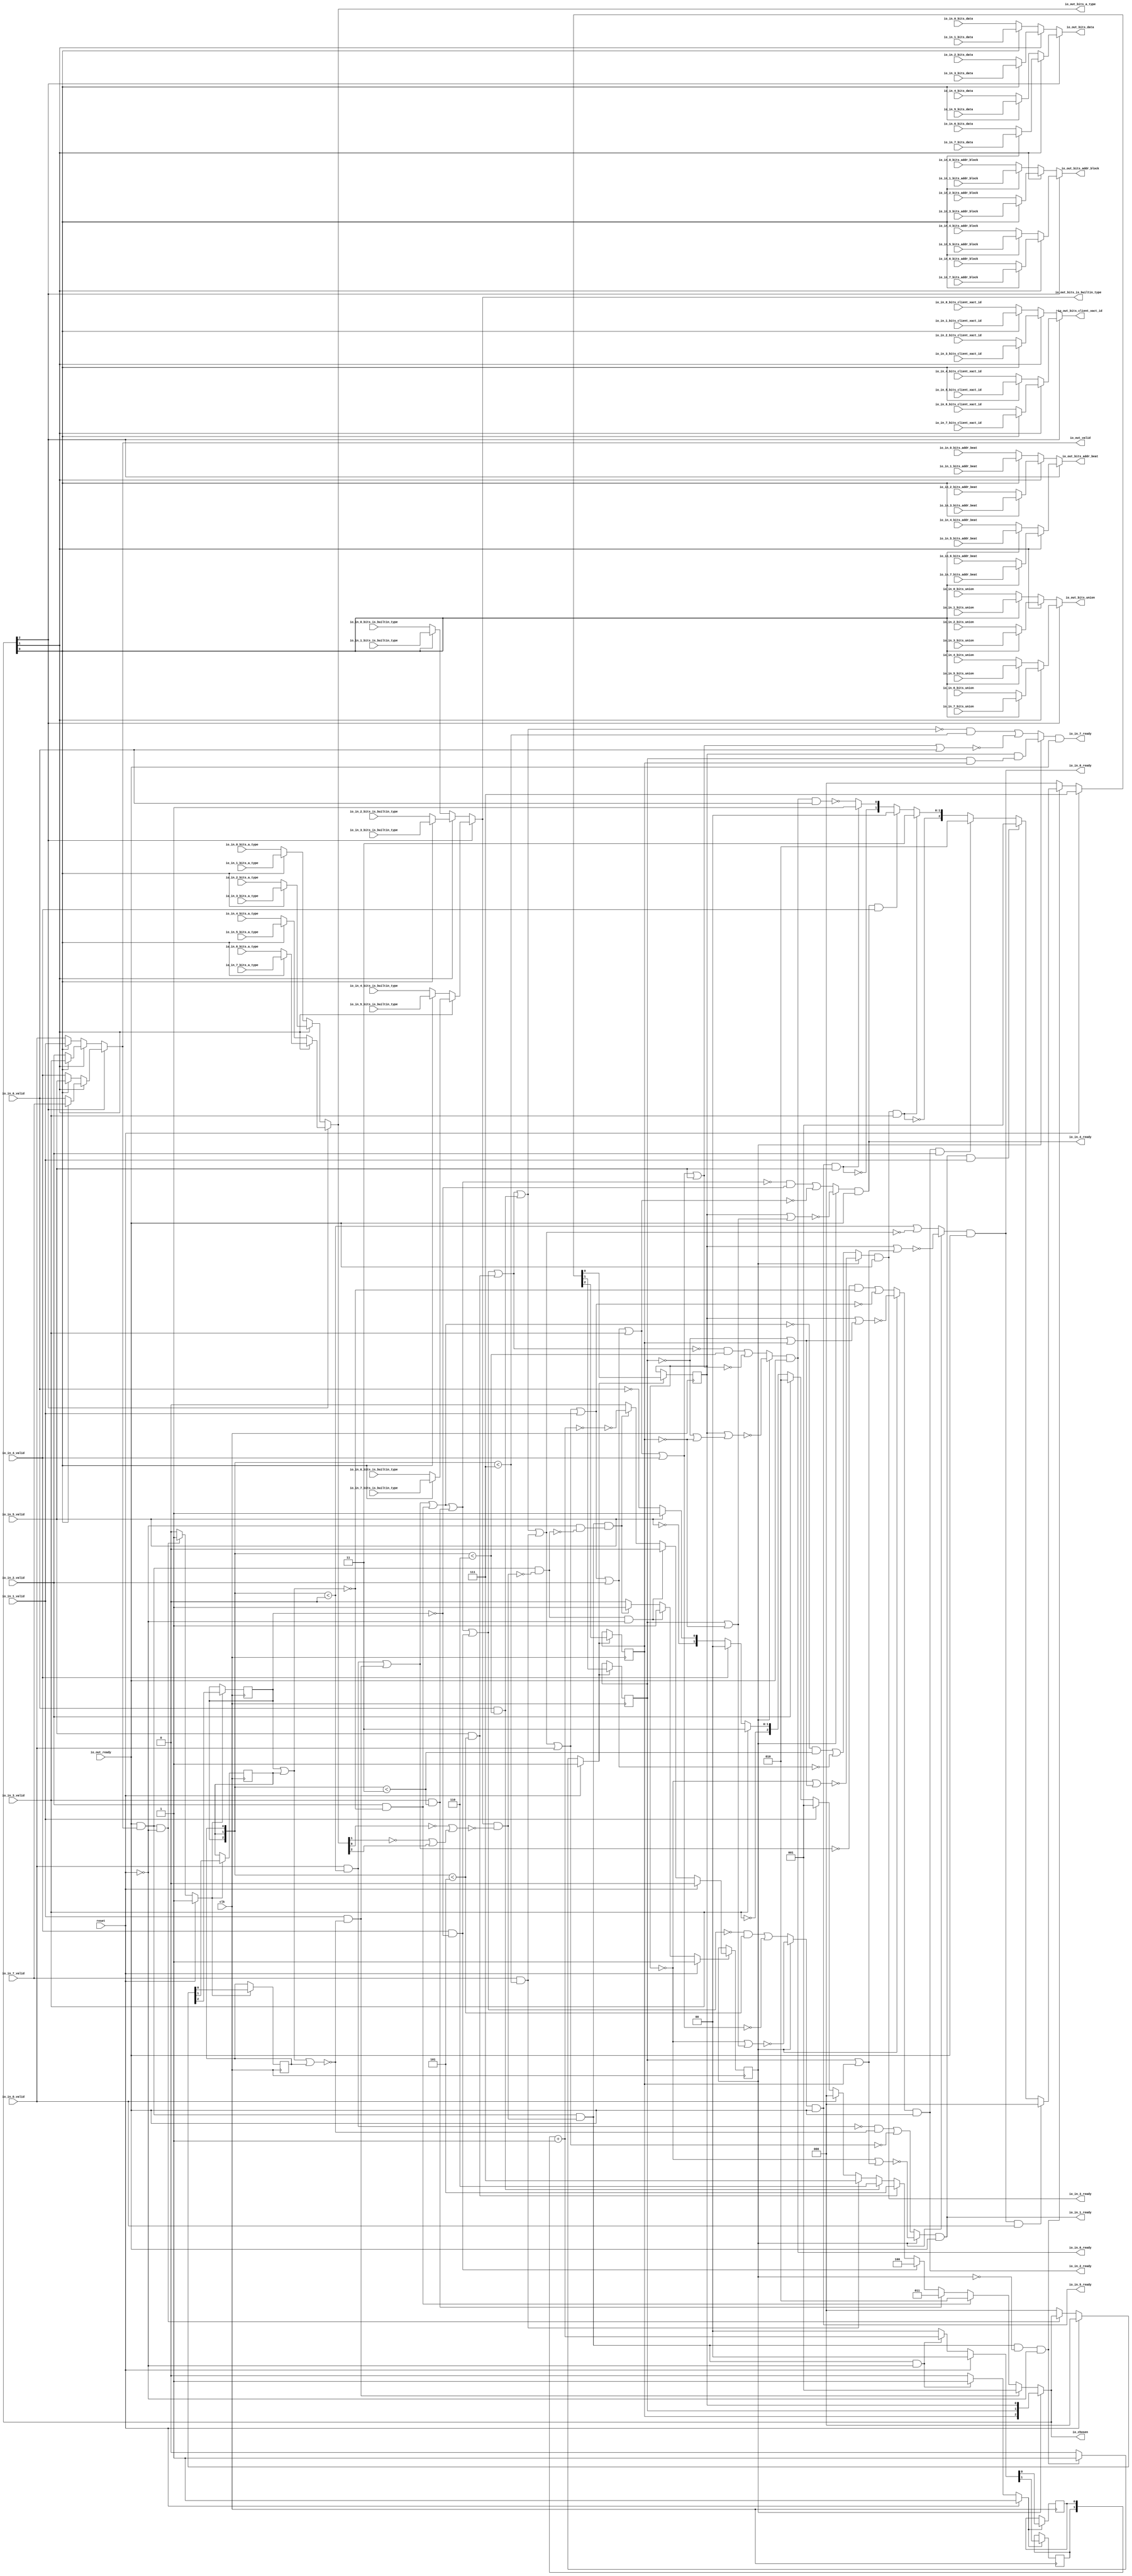
module LockingRRArbiter_10
(
  clk,
  reset,
  io_in_7_ready,
  io_in_7_valid,
  io_in_7_bits_addr_block,
  io_in_7_bits_client_xact_id,
  io_in_7_bits_addr_beat,
  io_in_7_bits_is_builtin_type,
  io_in_7_bits_a_type,
  io_in_7_bits_union,
  io_in_7_bits_data,
  io_in_6_ready,
  io_in_6_valid,
  io_in_6_bits_addr_block,
  io_in_6_bits_client_xact_id,
  io_in_6_bits_addr_beat,
  io_in_6_bits_is_builtin_type,
  io_in_6_bits_a_type,
  io_in_6_bits_union,
  io_in_6_bits_data,
  io_in_5_ready,
  io_in_5_valid,
  io_in_5_bits_addr_block,
  io_in_5_bits_client_xact_id,
  io_in_5_bits_addr_beat,
  io_in_5_bits_is_builtin_type,
  io_in_5_bits_a_type,
  io_in_5_bits_union,
  io_in_5_bits_data,
  io_in_4_ready,
  io_in_4_valid,
  io_in_4_bits_addr_block,
  io_in_4_bits_client_xact_id,
  io_in_4_bits_addr_beat,
  io_in_4_bits_is_builtin_type,
  io_in_4_bits_a_type,
  io_in_4_bits_union,
  io_in_4_bits_data,
  io_in_3_ready,
  io_in_3_valid,
  io_in_3_bits_addr_block,
  io_in_3_bits_client_xact_id,
  io_in_3_bits_addr_beat,
  io_in_3_bits_is_builtin_type,
  io_in_3_bits_a_type,
  io_in_3_bits_union,
  io_in_3_bits_data,
  io_in_2_ready,
  io_in_2_valid,
  io_in_2_bits_addr_block,
  io_in_2_bits_client_xact_id,
  io_in_2_bits_addr_beat,
  io_in_2_bits_is_builtin_type,
  io_in_2_bits_a_type,
  io_in_2_bits_union,
  io_in_2_bits_data,
  io_in_1_ready,
  io_in_1_valid,
  io_in_1_bits_addr_block,
  io_in_1_bits_client_xact_id,
  io_in_1_bits_addr_beat,
  io_in_1_bits_is_builtin_type,
  io_in_1_bits_a_type,
  io_in_1_bits_union,
  io_in_1_bits_data,
  io_in_0_ready,
  io_in_0_valid,
  io_in_0_bits_addr_block,
  io_in_0_bits_client_xact_id,
  io_in_0_bits_addr_beat,
  io_in_0_bits_is_builtin_type,
  io_in_0_bits_a_type,
  io_in_0_bits_union,
  io_in_0_bits_data,
  io_out_ready,
  io_out_valid,
  io_out_bits_addr_block,
  io_out_bits_client_xact_id,
  io_out_bits_addr_beat,
  io_out_bits_is_builtin_type,
  io_out_bits_a_type,
  io_out_bits_union,
  io_out_bits_data,
  io_chosen
);

  input [25:0] io_in_7_bits_addr_block;
  input [3:0] io_in_7_bits_client_xact_id;
  input [1:0] io_in_7_bits_addr_beat;
  input [2:0] io_in_7_bits_a_type;
  input [16:0] io_in_7_bits_union;
  input [3:0] io_in_7_bits_data;
  input [25:0] io_in_6_bits_addr_block;
  input [3:0] io_in_6_bits_client_xact_id;
  input [1:0] io_in_6_bits_addr_beat;
  input [2:0] io_in_6_bits_a_type;
  input [16:0] io_in_6_bits_union;
  input [3:0] io_in_6_bits_data;
  input [25:0] io_in_5_bits_addr_block;
  input [3:0] io_in_5_bits_client_xact_id;
  input [1:0] io_in_5_bits_addr_beat;
  input [2:0] io_in_5_bits_a_type;
  input [16:0] io_in_5_bits_union;
  input [3:0] io_in_5_bits_data;
  input [25:0] io_in_4_bits_addr_block;
  input [3:0] io_in_4_bits_client_xact_id;
  input [1:0] io_in_4_bits_addr_beat;
  input [2:0] io_in_4_bits_a_type;
  input [16:0] io_in_4_bits_union;
  input [3:0] io_in_4_bits_data;
  input [25:0] io_in_3_bits_addr_block;
  input [3:0] io_in_3_bits_client_xact_id;
  input [1:0] io_in_3_bits_addr_beat;
  input [2:0] io_in_3_bits_a_type;
  input [16:0] io_in_3_bits_union;
  input [3:0] io_in_3_bits_data;
  input [25:0] io_in_2_bits_addr_block;
  input [3:0] io_in_2_bits_client_xact_id;
  input [1:0] io_in_2_bits_addr_beat;
  input [2:0] io_in_2_bits_a_type;
  input [16:0] io_in_2_bits_union;
  input [3:0] io_in_2_bits_data;
  input [25:0] io_in_1_bits_addr_block;
  input [3:0] io_in_1_bits_client_xact_id;
  input [1:0] io_in_1_bits_addr_beat;
  input [2:0] io_in_1_bits_a_type;
  input [16:0] io_in_1_bits_union;
  input [3:0] io_in_1_bits_data;
  input [25:0] io_in_0_bits_addr_block;
  input [3:0] io_in_0_bits_client_xact_id;
  input [1:0] io_in_0_bits_addr_beat;
  input [2:0] io_in_0_bits_a_type;
  input [16:0] io_in_0_bits_union;
  input [3:0] io_in_0_bits_data;
  output [25:0] io_out_bits_addr_block;
  output [3:0] io_out_bits_client_xact_id;
  output [1:0] io_out_bits_addr_beat;
  output [2:0] io_out_bits_a_type;
  output [16:0] io_out_bits_union;
  output [3:0] io_out_bits_data;
  output [2:0] io_chosen;
  input clk;
  input reset;
  input io_in_7_valid;
  input io_in_7_bits_is_builtin_type;
  input io_in_6_valid;
  input io_in_6_bits_is_builtin_type;
  input io_in_5_valid;
  input io_in_5_bits_is_builtin_type;
  input io_in_4_valid;
  input io_in_4_bits_is_builtin_type;
  input io_in_3_valid;
  input io_in_3_bits_is_builtin_type;
  input io_in_2_valid;
  input io_in_2_bits_is_builtin_type;
  input io_in_1_valid;
  input io_in_1_bits_is_builtin_type;
  input io_in_0_valid;
  input io_in_0_bits_is_builtin_type;
  input io_out_ready;
  output io_in_7_ready;
  output io_in_6_ready;
  output io_in_5_ready;
  output io_in_4_ready;
  output io_in_3_ready;
  output io_in_2_ready;
  output io_in_1_ready;
  output io_in_0_ready;
  output io_out_valid;
  output io_out_bits_is_builtin_type;
  wire [25:0] io_out_bits_addr_block,T152,T146,T149,T147,T155,T153;
  wire [3:0] io_out_bits_client_xact_id,io_out_bits_data,T68,T61,T65,T62,T71,T69,T138,T132,
  T135,T133,T141,T139;
  wire [1:0] io_out_bits_addr_beat,T11,T12,T35,T36,T55,T124,T118,T121,T119,T127,T125;
  wire [2:0] io_out_bits_a_type,io_chosen,choose,T1,T2,T3,T4,T5,T6,T7,T8,T9,T10,T31,T32,T33,
  T34,T96,T90,T93,T91,T99,T97;
  wire [16:0] io_out_bits_union,T82,T76,T79,T77,T85,T83;
  wire io_in_7_ready,io_in_6_ready,io_in_5_ready,io_in_4_ready,io_in_3_ready,
  io_in_2_ready,io_in_1_ready,io_in_0_ready,io_out_valid,io_out_bits_is_builtin_type,N0,N1,
  N2,N3,N4,N5,N6,N7,N8,N9,N10,N11,N12,N13,N14,N15,N16,N17,N18,N19,N20,N21,N22,N23,
  N24,N25,N26,N27,N28,N29,N30,N31,N32,N33,N34,N35,N36,N37,N38,N39,N40,N41,N42,N43,
  N44,N45,N46,N47,T28,N48,T26,N49,T24,N50,T22,N51,T20,N52,T18,N53,T14,N54,N55,N56,
  N57,N58,N59,N60,N61,T15,T17,T19,T21,T23,T25,T27,T29,T45,T44,N62,T43,N63,T42,N64,
  T41,N65,T40,N66,T39,N67,T38,N68,T47,T46,T50,T48,T58,T53,T54,T59,N69,N70,N71,T110,
  T104,T107,T105,T113,T111,T166,T160,T163,T161,T169,T167,T174,T175,T200,T176,T177,
  T180,T178,T179,T183,T181,T182,T186,T184,T185,T189,T187,T188,T192,T190,T191,T195,
  T193,T194,T198,T196,T197,T199,T203,T204,T214,T205,T206,T207,T208,T209,T210,T211,
  T212,T213,T216,T215,T219,T220,T231,T221,T222,T223,T224,T225,T226,T227,T228,T229,
  T230,T233,T232,T234,T237,T238,T250,T239,T240,T241,T242,T243,T244,T245,T246,T247,
  T248,T249,T252,T251,T253,T254,T257,T258,T271,T259,T260,T261,T262,T263,T264,T265,
  T266,T267,T268,T269,T270,T273,T272,T274,T275,T276,T279,T280,T294,T281,T282,T283,
  T284,T285,T286,T287,T288,T289,T290,T291,T292,T293,T296,T295,T297,T298,T299,T300,
  T303,T304,T319,T305,T306,T307,T308,T309,T310,T311,T312,T313,T314,T315,T316,T317,
  T318,T321,T320,T322,T323,T324,T325,T326,T329,T330,T346,T331,T332,T333,T334,T335,
  T336,T337,T338,T339,T340,T341,T342,T343,T344,T345,T348,T347,T349,T350,T351,T352,
  T353,T354,N72,N73,N74,N75,N76,N77,N78,N79,N80,N81,N82,N83,N84,N85,N86,N87,N88,
  N89,N90,N91,N92,N93,N94,N95,N96,N97,N98,N99,N100,N101,N102,N103,N104,N105,N106,
  N107,N108,N109,N110,N111,N112,N113,N114,N115,N116,N117,N118,N119,N120,N121,N122,
  N123,N124,N125,N126,N127,N128,N129,N130,N131,N132,N133,N134,N135,N136,N137,N138,
  N139,N140,N141;
  wire [0:0] T13,T37;
  reg [2:0] last_grant,lockIdx;
  reg locked;
  reg [1:0] R56;
  assign T15 = last_grant < { 1'b1, 1'b1, 1'b1 };
  assign T19 = last_grant < { 1'b1, 1'b1, 1'b0 };
  assign T21 = last_grant < { 1'b1, 1'b0, 1'b1 };
  assign T25 = last_grant < { 1'b1, 1'b1 };
  assign T54 = T55 == 1'b0;
  assign T179 = last_grant < { 1'b1, 1'b1, 1'b1 };
  assign T182 = last_grant < { 1'b1, 1'b1, 1'b0 };
  assign T185 = last_grant < { 1'b1, 1'b0, 1'b1 };
  assign T191 = last_grant < { 1'b1, 1'b1 };
  assign T199 = last_grant < 1'b0;
  assign T200 = last_grant < 1'b0;
  assign T251 = last_grant < { 1'b1, 1'b1 };
  assign T295 = last_grant < { 1'b1, 1'b0, 1'b1 };
  assign T320 = last_grant < { 1'b1, 1'b1, 1'b0 };
  assign T347 = last_grant < { 1'b1, 1'b1, 1'b1 };

  always @(posedge clk) begin
    if(N74) begin
      last_grant[2] <= N77;
    end 
  end


  always @(posedge clk) begin
    if(N74) begin
      last_grant[1] <= N76;
    end 
  end


  always @(posedge clk) begin
    if(N74) begin
      last_grant[0] <= N75;
    end 
  end


  always @(posedge clk) begin
    if(N80) begin
      lockIdx[2] <= N83;
    end 
  end


  always @(posedge clk) begin
    if(N80) begin
      lockIdx[1] <= N82;
    end 
  end


  always @(posedge clk) begin
    if(N80) begin
      lockIdx[0] <= N81;
    end 
  end


  always @(posedge clk) begin
    if(N87) begin
      locked <= N88;
    end 
  end


  always @(posedge clk) begin
    if(N91) begin
      R56[1] <= N93;
    end 
  end


  always @(posedge clk) begin
    if(N91) begin
      R56[0] <= N92;
    end 
  end

  assign N102 = lockIdx[1] & lockIdx[2];
  assign N103 = lockIdx[0] & N102;
  assign N104 = lockIdx[1] | lockIdx[2];
  assign N105 = lockIdx[0] | N104;
  assign N106 = ~N105;
  assign N107 = ~lockIdx[0];
  assign N108 = lockIdx[1] | lockIdx[2];
  assign N109 = N107 | N108;
  assign N110 = ~N109;
  assign N111 = ~io_out_bits_a_type[1];
  assign N112 = ~io_out_bits_a_type[0];
  assign N113 = N111 | io_out_bits_a_type[2];
  assign N114 = N112 | N113;
  assign N115 = ~N114;
  assign N116 = ~lockIdx[1];
  assign N117 = N116 | lockIdx[2];
  assign N118 = lockIdx[0] | N117;
  assign N119 = ~N118;
  assign N120 = N116 | lockIdx[2];
  assign N121 = N107 | N120;
  assign N122 = ~N121;
  assign N123 = ~lockIdx[2];
  assign N124 = lockIdx[1] | N123;
  assign N125 = lockIdx[0] | N124;
  assign N126 = ~N125;
  assign N127 = lockIdx[1] | N123;
  assign N128 = N107 | N127;
  assign N129 = ~N128;
  assign N130 = N116 | N123;
  assign N131 = lockIdx[0] | N130;
  assign N132 = ~N131;
  assign T55 = R56 + 1'b1;
  assign io_chosen = (N0)? lockIdx : 
                     (N1)? choose : 1'b0;
  assign N0 = locked;
  assign N1 = N47;
  assign choose = (N2)? { 1'b0, 1'b0, 1'b1 } : 
                  (N3)? T1 : 1'b0;
  assign N2 = T28;
  assign N3 = N48;
  assign T1 = (N4)? { 1'b0, 1'b1, 1'b0 } : 
              (N5)? T2 : 1'b0;
  assign N4 = T26;
  assign N5 = N49;
  assign T2 = (N6)? { 1'b0, 1'b1, 1'b1 } : 
              (N7)? T3 : 1'b0;
  assign N6 = T24;
  assign N7 = N50;
  assign T3 = (N8)? { 1'b1, 1'b0, 1'b0 } : 
              (N9)? T4 : 1'b0;
  assign N8 = T22;
  assign N9 = N51;
  assign T4 = (N10)? { 1'b1, 1'b0, 1'b1 } : 
              (N11)? T5 : 1'b0;
  assign N10 = T20;
  assign N11 = N52;
  assign T5 = (N12)? { 1'b1, 1'b1, 1'b0 } : 
              (N13)? T6 : 1'b0;
  assign N12 = T18;
  assign N13 = N53;
  assign T6 = (N14)? { 1'b1, 1'b1, 1'b1 } : 
              (N15)? T7 : 1'b0;
  assign N14 = T14;
  assign N15 = N54;
  assign T7 = (N16)? { 1'b0, 1'b0, 1'b0 } : 
              (N17)? T8 : 1'b0;
  assign N16 = io_in_0_valid;
  assign N17 = N55;
  assign T8 = (N18)? { 1'b0, 1'b0, 1'b1 } : 
              (N19)? T9 : 1'b0;
  assign N18 = io_in_1_valid;
  assign N19 = N56;
  assign T9 = (N20)? { 1'b0, 1'b1, 1'b0 } : 
              (N21)? T10 : 1'b0;
  assign N20 = io_in_2_valid;
  assign N21 = N57;
  assign T10[1:0] = (N22)? { 1'b1, 1'b1 } : 
                    (N23)? T11 : 1'b0;
  assign N22 = io_in_3_valid;
  assign N23 = T10[2];
  assign T11 = (N24)? { 1'b0, 1'b0 } : 
               (N25)? T12 : 1'b0;
  assign N24 = io_in_4_valid;
  assign N25 = N59;
  assign T12[0] = (N26)? 1'b1 : 
                  (N27)? T13[0] : 1'b0;
  assign N26 = io_in_5_valid;
  assign N27 = T12[1];
  assign T31 = (N28)? { 1'b0, 1'b0, 1'b0 } : 
               (N29)? T32 : 1'b0;
  assign N28 = T44;
  assign N29 = N62;
  assign T32 = (N30)? { 1'b0, 1'b0, 1'b1 } : 
               (N31)? T33 : 1'b0;
  assign N30 = T43;
  assign N31 = N63;
  assign T33 = (N32)? { 1'b0, 1'b1, 1'b0 } : 
               (N33)? T34 : 1'b0;
  assign N32 = T42;
  assign N33 = N64;
  assign T34[1:0] = (N34)? { 1'b1, 1'b1 } : 
                    (N35)? T35 : 1'b0;
  assign N34 = T41;
  assign N35 = T34[2];
  assign T35 = (N36)? { 1'b0, 1'b0 } : 
               (N37)? T36 : 1'b0;
  assign N36 = T40;
  assign N37 = N66;
  assign T36[0] = (N38)? 1'b1 : 
                  (N39)? T37[0] : 1'b0;
  assign N38 = T39;
  assign N39 = T36[1];
  assign io_out_bits_data = (N40)? T68 : 
                            (N41)? T61 : 1'b0;
  assign N40 = io_chosen[2];
  assign N41 = N69;
  assign T61 = (N42)? T65 : 
               (N43)? T62 : 1'b0;
  assign N42 = io_chosen[1];
  assign N43 = N70;
  assign T62 = (N44)? io_in_1_bits_data : 
               (N45)? io_in_0_bits_data : 1'b0;
  assign N44 = io_chosen[0];
  assign N45 = N71;
  assign T65 = (N44)? io_in_3_bits_data : 
               (N45)? io_in_2_bits_data : 1'b0;
  assign T68 = (N42)? T71 : 
               (N43)? T69 : 1'b0;
  assign T69 = (N44)? io_in_5_bits_data : 
               (N45)? io_in_4_bits_data : 1'b0;
  assign T71 = (N44)? io_in_7_bits_data : 
               (N45)? io_in_6_bits_data : 1'b0;
  assign io_out_bits_union = (N40)? T82 : 
                             (N41)? T76 : 1'b0;
  assign T76 = (N42)? T79 : 
               (N43)? T77 : 1'b0;
  assign T77 = (N44)? io_in_1_bits_union : 
               (N45)? io_in_0_bits_union : 1'b0;
  assign T79 = (N44)? io_in_3_bits_union : 
               (N45)? io_in_2_bits_union : 1'b0;
  assign T82 = (N42)? T85 : 
               (N43)? T83 : 1'b0;
  assign T83 = (N44)? io_in_5_bits_union : 
               (N45)? io_in_4_bits_union : 1'b0;
  assign T85 = (N44)? io_in_7_bits_union : 
               (N45)? io_in_6_bits_union : 1'b0;
  assign io_out_bits_a_type = (N40)? T96 : 
                              (N41)? T90 : 1'b0;
  assign T90 = (N42)? T93 : 
               (N43)? T91 : 1'b0;
  assign T91 = (N44)? io_in_1_bits_a_type : 
               (N45)? io_in_0_bits_a_type : 1'b0;
  assign T93 = (N44)? io_in_3_bits_a_type : 
               (N45)? io_in_2_bits_a_type : 1'b0;
  assign T96 = (N42)? T99 : 
               (N43)? T97 : 1'b0;
  assign T97 = (N44)? io_in_5_bits_a_type : 
               (N45)? io_in_4_bits_a_type : 1'b0;
  assign T99 = (N44)? io_in_7_bits_a_type : 
               (N45)? io_in_6_bits_a_type : 1'b0;
  assign io_out_bits_is_builtin_type = (N40)? T110 : 
                                       (N41)? T104 : 1'b0;
  assign T104 = (N42)? T107 : 
                (N43)? T105 : 1'b0;
  assign T105 = (N44)? io_in_1_bits_is_builtin_type : 
                (N45)? io_in_0_bits_is_builtin_type : 1'b0;
  assign T107 = (N44)? io_in_3_bits_is_builtin_type : 
                (N45)? io_in_2_bits_is_builtin_type : 1'b0;
  assign T110 = (N42)? T113 : 
                (N43)? T111 : 1'b0;
  assign T111 = (N44)? io_in_5_bits_is_builtin_type : 
                (N45)? io_in_4_bits_is_builtin_type : 1'b0;
  assign T113 = (N44)? io_in_7_bits_is_builtin_type : 
                (N45)? io_in_6_bits_is_builtin_type : 1'b0;
  assign io_out_bits_addr_beat = (N40)? T124 : 
                                 (N41)? T118 : 1'b0;
  assign T118 = (N42)? T121 : 
                (N43)? T119 : 1'b0;
  assign T119 = (N44)? io_in_1_bits_addr_beat : 
                (N45)? io_in_0_bits_addr_beat : 1'b0;
  assign T121 = (N44)? io_in_3_bits_addr_beat : 
                (N45)? io_in_2_bits_addr_beat : 1'b0;
  assign T124 = (N42)? T127 : 
                (N43)? T125 : 1'b0;
  assign T125 = (N44)? io_in_5_bits_addr_beat : 
                (N45)? io_in_4_bits_addr_beat : 1'b0;
  assign T127 = (N44)? io_in_7_bits_addr_beat : 
                (N45)? io_in_6_bits_addr_beat : 1'b0;
  assign io_out_bits_client_xact_id = (N40)? T138 : 
                                      (N41)? T132 : 1'b0;
  assign T132 = (N42)? T135 : 
                (N43)? T133 : 1'b0;
  assign T133 = (N44)? io_in_1_bits_client_xact_id : 
                (N45)? io_in_0_bits_client_xact_id : 1'b0;
  assign T135 = (N44)? io_in_3_bits_client_xact_id : 
                (N45)? io_in_2_bits_client_xact_id : 1'b0;
  assign T138 = (N42)? T141 : 
                (N43)? T139 : 1'b0;
  assign T139 = (N44)? io_in_5_bits_client_xact_id : 
                (N45)? io_in_4_bits_client_xact_id : 1'b0;
  assign T141 = (N44)? io_in_7_bits_client_xact_id : 
                (N45)? io_in_6_bits_client_xact_id : 1'b0;
  assign io_out_bits_addr_block = (N40)? T152 : 
                                  (N41)? T146 : 1'b0;
  assign T146 = (N42)? T149 : 
                (N43)? T147 : 1'b0;
  assign T147 = (N44)? io_in_1_bits_addr_block : 
                (N45)? io_in_0_bits_addr_block : 1'b0;
  assign T149 = (N44)? io_in_3_bits_addr_block : 
                (N45)? io_in_2_bits_addr_block : 1'b0;
  assign T152 = (N42)? T155 : 
                (N43)? T153 : 1'b0;
  assign T153 = (N44)? io_in_5_bits_addr_block : 
                (N45)? io_in_4_bits_addr_block : 1'b0;
  assign T155 = (N44)? io_in_7_bits_addr_block : 
                (N45)? io_in_6_bits_addr_block : 1'b0;
  assign io_out_valid = (N40)? T166 : 
                        (N41)? T160 : 1'b0;
  assign T160 = (N42)? T163 : 
                (N43)? T161 : 1'b0;
  assign T161 = (N44)? io_in_1_valid : 
                (N45)? io_in_0_valid : 1'b0;
  assign T163 = (N44)? io_in_3_valid : 
                (N45)? io_in_2_valid : 1'b0;
  assign T166 = (N42)? T169 : 
                (N43)? T167 : 1'b0;
  assign T167 = (N44)? io_in_5_valid : 
                (N45)? io_in_4_valid : 1'b0;
  assign T169 = (N44)? io_in_7_valid : 
                (N45)? io_in_6_valid : 1'b0;
  assign T174 = (N0)? N106 : 
                (N1)? T175 : 1'b0;
  assign T203 = (N0)? N110 : 
                (N1)? T204 : 1'b0;
  assign T219 = (N0)? N119 : 
                (N1)? T220 : 1'b0;
  assign T237 = (N0)? N122 : 
                (N1)? T238 : 1'b0;
  assign T257 = (N0)? N126 : 
                (N1)? T258 : 1'b0;
  assign T279 = (N0)? N129 : 
                (N1)? T280 : 1'b0;
  assign T303 = (N0)? N132 : 
                (N1)? T304 : 1'b0;
  assign T329 = (N0)? N103 : 
                (N1)? T330 : 1'b0;
  assign N74 = (N46)? 1'b1 : 
               (N95)? 1'b1 : 
               (N73)? 1'b0 : 1'b0;
  assign N46 = reset;
  assign { N77, N76, N75 } = (N46)? { 1'b0, 1'b0, 1'b0 } : 
                             (N95)? io_chosen : 1'b0;
  assign N80 = (N46)? 1'b1 : 
               (N96)? 1'b1 : 
               (N79)? 1'b0 : 1'b0;
  assign { N83, N82, N81 } = (N46)? { 1'b1, 1'b1, 1'b1 } : 
                             (N96)? T31 : 1'b0;
  assign N87 = (N46)? 1'b1 : 
               (N97)? 1'b1 : 
               (N100)? 1'b1 : 
               (N86)? 1'b0 : 1'b0;
  assign N88 = (N46)? 1'b0 : 
               (N97)? 1'b0 : 
               (N100)? T53 : 1'b0;
  assign N91 = (N46)? 1'b1 : 
               (N101)? 1'b1 : 
               (N90)? 1'b0 : 1'b0;
  assign { N93, N92 } = (N46)? { 1'b0, 1'b0 } : 
                        (N101)? T55 : 1'b0;
  assign N47 = ~locked;
  assign N48 = ~T28;
  assign N49 = ~T26;
  assign N50 = ~T24;
  assign N51 = ~T22;
  assign N52 = ~T20;
  assign N53 = ~T18;
  assign N54 = ~T14;
  assign N55 = ~io_in_0_valid;
  assign N56 = ~io_in_1_valid;
  assign N57 = ~io_in_2_valid;
  assign N58 = ~io_in_3_valid;
  assign T10[2] = N58;
  assign N59 = ~io_in_4_valid;
  assign N60 = ~io_in_5_valid;
  assign T12[1] = N60;
  assign N61 = ~io_in_6_valid;
  assign T13[0] = N61;
  assign T14 = io_in_7_valid & T15;
  assign T17 = io_out_ready & io_out_valid;
  assign T18 = io_in_6_valid & T19;
  assign T20 = io_in_5_valid & T21;
  assign T22 = io_in_4_valid & T23;
  assign T23 = ~last_grant[2];
  assign T24 = io_in_3_valid & T25;
  assign T26 = io_in_2_valid & T27;
  assign T27 = ~N133;
  assign N133 = last_grant[2] | last_grant[1];
  assign T28 = io_in_1_valid & T29;
  assign T29 = ~N135;
  assign N135 = N134 | last_grant[0];
  assign N134 = last_grant[2] | last_grant[1];
  assign N62 = ~T44;
  assign N63 = ~T43;
  assign N64 = ~T42;
  assign N65 = ~T41;
  assign T34[2] = N65;
  assign N66 = ~T40;
  assign N67 = ~T39;
  assign T36[1] = N67;
  assign N68 = ~T38;
  assign T37[0] = N68;
  assign T38 = io_in_6_ready & io_in_6_valid;
  assign T39 = io_in_5_ready & io_in_5_valid;
  assign T40 = io_in_4_ready & io_in_4_valid;
  assign T41 = io_in_3_ready & io_in_3_valid;
  assign T42 = io_in_2_ready & io_in_2_valid;
  assign T43 = io_in_1_ready & io_in_1_valid;
  assign T44 = io_in_0_ready & io_in_0_valid;
  assign T45 = T47 & T46;
  assign T46 = ~locked;
  assign T47 = T50 & T48;
  assign T48 = io_out_bits_is_builtin_type & N115;
  assign T50 = io_out_valid & io_out_ready;
  assign T53 = ~T54;
  assign T58 = T50 & T59;
  assign T59 = ~T48;
  assign N69 = ~io_chosen[2];
  assign N70 = ~io_chosen[1];
  assign N71 = ~io_chosen[0];
  assign io_in_0_ready = T174 & io_out_ready;
  assign T175 = T200 | T176;
  assign T176 = ~T177;
  assign T177 = T180 | T178;
  assign T178 = io_in_7_valid & T179;
  assign T180 = T183 | T181;
  assign T181 = io_in_6_valid & T182;
  assign T183 = T186 | T184;
  assign T184 = io_in_5_valid & T185;
  assign T186 = T189 | T187;
  assign T187 = io_in_4_valid & T188;
  assign T188 = ~last_grant[2];
  assign T189 = T192 | T190;
  assign T190 = io_in_3_valid & T191;
  assign T192 = T195 | T193;
  assign T193 = io_in_2_valid & T194;
  assign T194 = ~N136;
  assign N136 = last_grant[2] | last_grant[1];
  assign T195 = T198 | T196;
  assign T196 = io_in_1_valid & T197;
  assign T197 = ~N138;
  assign N138 = N137 | last_grant[0];
  assign N137 = last_grant[2] | last_grant[1];
  assign T198 = io_in_0_valid & T199;
  assign io_in_1_ready = T203 & io_out_ready;
  assign T204 = T214 | T205;
  assign T205 = ~T206;
  assign T206 = T207 | io_in_0_valid;
  assign T207 = T208 | T178;
  assign T208 = T209 | T181;
  assign T209 = T210 | T184;
  assign T210 = T211 | T187;
  assign T211 = T212 | T190;
  assign T212 = T213 | T193;
  assign T213 = T198 | T196;
  assign T214 = T216 & T215;
  assign T215 = ~N140;
  assign N140 = N139 | last_grant[0];
  assign N139 = last_grant[2] | last_grant[1];
  assign T216 = ~T198;
  assign io_in_2_ready = T219 & io_out_ready;
  assign T220 = T231 | T221;
  assign T221 = ~T222;
  assign T222 = T223 | io_in_1_valid;
  assign T223 = T224 | io_in_0_valid;
  assign T224 = T225 | T178;
  assign T225 = T226 | T181;
  assign T226 = T227 | T184;
  assign T227 = T228 | T187;
  assign T228 = T229 | T190;
  assign T229 = T230 | T193;
  assign T230 = T198 | T196;
  assign T231 = T233 & T232;
  assign T232 = ~N141;
  assign N141 = last_grant[2] | last_grant[1];
  assign T233 = ~T234;
  assign T234 = T198 | T196;
  assign io_in_3_ready = T237 & io_out_ready;
  assign T238 = T250 | T239;
  assign T239 = ~T240;
  assign T240 = T241 | io_in_2_valid;
  assign T241 = T242 | io_in_1_valid;
  assign T242 = T243 | io_in_0_valid;
  assign T243 = T244 | T178;
  assign T244 = T245 | T181;
  assign T245 = T246 | T184;
  assign T246 = T247 | T187;
  assign T247 = T248 | T190;
  assign T248 = T249 | T193;
  assign T249 = T198 | T196;
  assign T250 = T252 & T251;
  assign T252 = ~T253;
  assign T253 = T254 | T193;
  assign T254 = T198 | T196;
  assign io_in_4_ready = T257 & io_out_ready;
  assign T258 = T271 | T259;
  assign T259 = ~T260;
  assign T260 = T261 | io_in_3_valid;
  assign T261 = T262 | io_in_2_valid;
  assign T262 = T263 | io_in_1_valid;
  assign T263 = T264 | io_in_0_valid;
  assign T264 = T265 | T178;
  assign T265 = T266 | T181;
  assign T266 = T267 | T184;
  assign T267 = T268 | T187;
  assign T268 = T269 | T190;
  assign T269 = T270 | T193;
  assign T270 = T198 | T196;
  assign T271 = T273 & T272;
  assign T272 = ~last_grant[2];
  assign T273 = ~T274;
  assign T274 = T275 | T190;
  assign T275 = T276 | T193;
  assign T276 = T198 | T196;
  assign io_in_5_ready = T279 & io_out_ready;
  assign T280 = T294 | T281;
  assign T281 = ~T282;
  assign T282 = T283 | io_in_4_valid;
  assign T283 = T284 | io_in_3_valid;
  assign T284 = T285 | io_in_2_valid;
  assign T285 = T286 | io_in_1_valid;
  assign T286 = T287 | io_in_0_valid;
  assign T287 = T288 | T178;
  assign T288 = T289 | T181;
  assign T289 = T290 | T184;
  assign T290 = T291 | T187;
  assign T291 = T292 | T190;
  assign T292 = T293 | T193;
  assign T293 = T198 | T196;
  assign T294 = T296 & T295;
  assign T296 = ~T297;
  assign T297 = T298 | T187;
  assign T298 = T299 | T190;
  assign T299 = T300 | T193;
  assign T300 = T198 | T196;
  assign io_in_6_ready = T303 & io_out_ready;
  assign T304 = T319 | T305;
  assign T305 = ~T306;
  assign T306 = T307 | io_in_5_valid;
  assign T307 = T308 | io_in_4_valid;
  assign T308 = T309 | io_in_3_valid;
  assign T309 = T310 | io_in_2_valid;
  assign T310 = T311 | io_in_1_valid;
  assign T311 = T312 | io_in_0_valid;
  assign T312 = T313 | T178;
  assign T313 = T314 | T181;
  assign T314 = T315 | T184;
  assign T315 = T316 | T187;
  assign T316 = T317 | T190;
  assign T317 = T318 | T193;
  assign T318 = T198 | T196;
  assign T319 = T321 & T320;
  assign T321 = ~T322;
  assign T322 = T323 | T184;
  assign T323 = T324 | T187;
  assign T324 = T325 | T190;
  assign T325 = T326 | T193;
  assign T326 = T198 | T196;
  assign io_in_7_ready = T329 & io_out_ready;
  assign T330 = T346 | T331;
  assign T331 = ~T332;
  assign T332 = T333 | io_in_6_valid;
  assign T333 = T334 | io_in_5_valid;
  assign T334 = T335 | io_in_4_valid;
  assign T335 = T336 | io_in_3_valid;
  assign T336 = T337 | io_in_2_valid;
  assign T337 = T338 | io_in_1_valid;
  assign T338 = T339 | io_in_0_valid;
  assign T339 = T340 | T178;
  assign T340 = T341 | T181;
  assign T341 = T342 | T184;
  assign T342 = T343 | T187;
  assign T343 = T344 | T190;
  assign T344 = T345 | T193;
  assign T345 = T198 | T196;
  assign T346 = T348 & T347;
  assign T348 = ~T349;
  assign T349 = T350 | T181;
  assign T350 = T351 | T184;
  assign T351 = T352 | T187;
  assign T352 = T353 | T190;
  assign T353 = T354 | T193;
  assign T354 = T198 | T196;
  assign N72 = T17 | reset;
  assign N73 = ~N72;
  assign N78 = T45 | reset;
  assign N79 = ~N78;
  assign N84 = T58 | reset;
  assign N85 = T47 | N84;
  assign N86 = ~N85;
  assign N89 = T47 | reset;
  assign N90 = ~N89;
  assign N94 = ~reset;
  assign N95 = T17 & N94;
  assign N96 = T45 & N94;
  assign N97 = T58 & N94;
  assign N98 = ~T58;
  assign N99 = N94 & N98;
  assign N100 = T47 & N99;
  assign N101 = T47 & N94;

endmodule